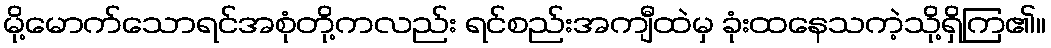
မို့မောက်သောရင်အစုံတို့ကလည်း ရင်စည်းအကျီထဲမှ ခုံးထနေသကဲ့သို့ရှိကြ၏။